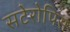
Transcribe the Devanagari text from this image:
सटेरोपिस